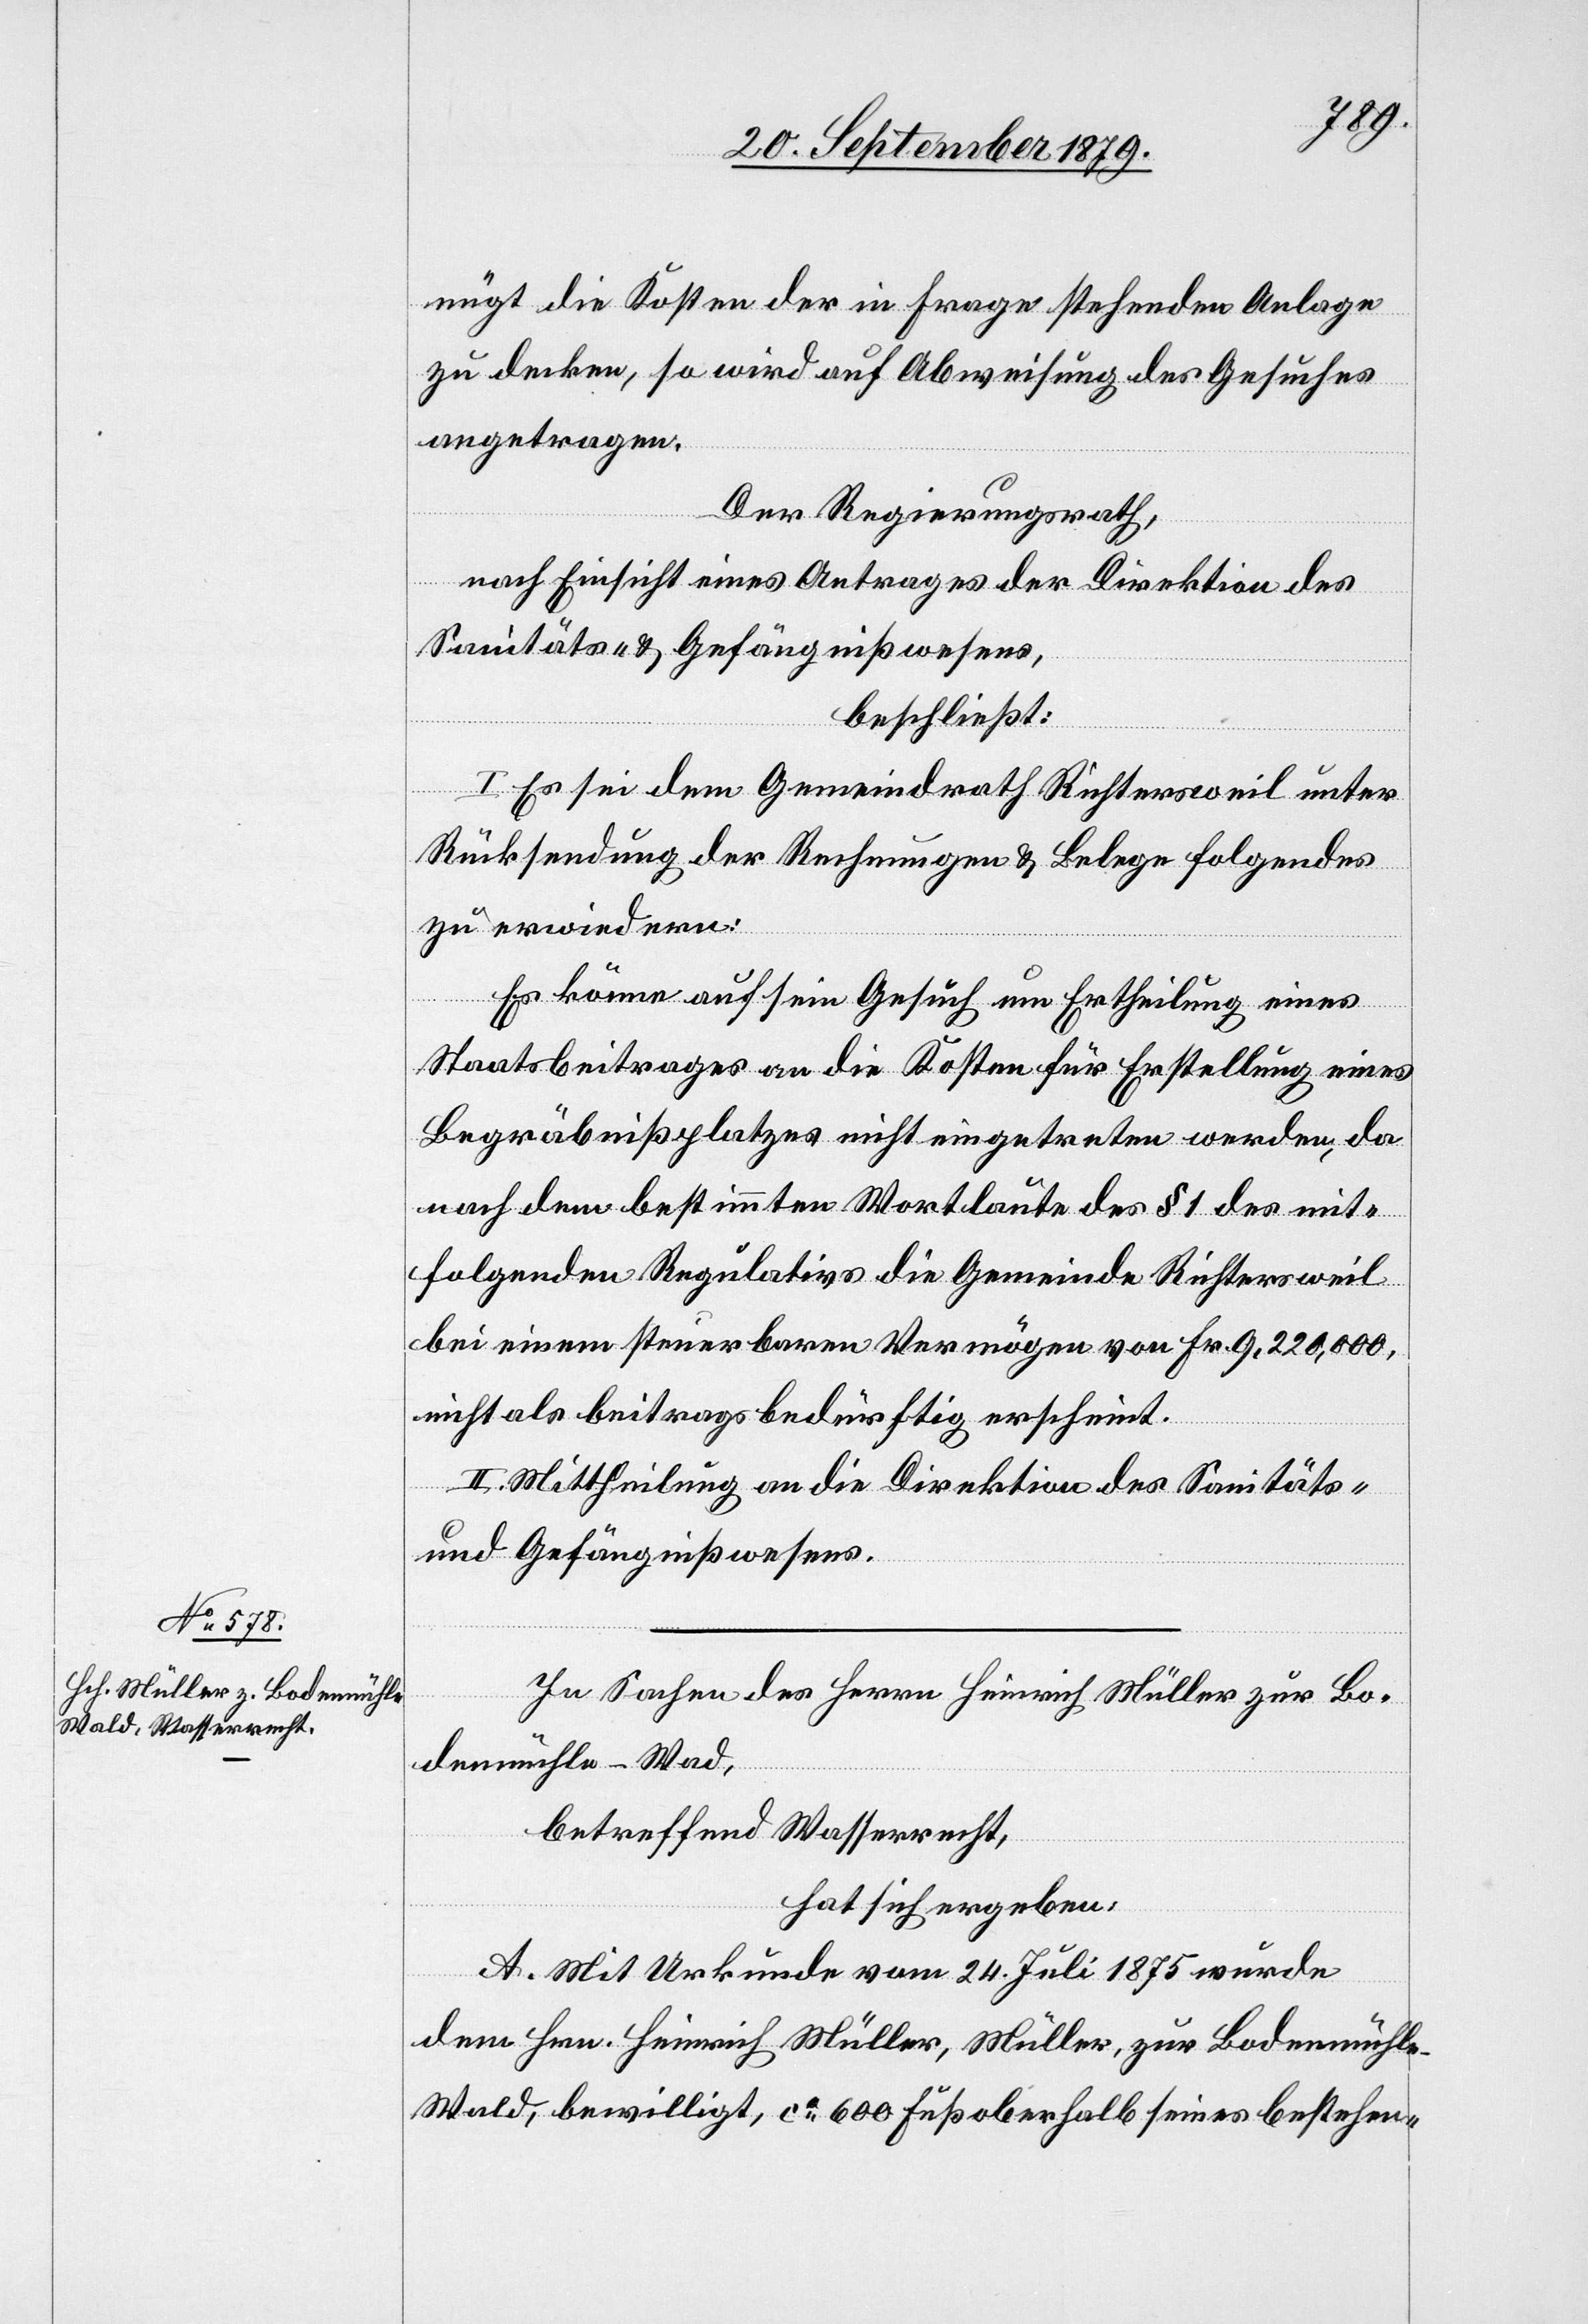
nügt die Kosten der in Frage stehenden Anlage
zu decken, so wird auf Abweisung des Gesuches
angetragen.
Der Regierungsrath,
nach Einsicht eines Antrages der Direktion des
Sanitäts- & Gefängnißwesens,
beschließt:
I. Es sei dem Gemeindrath Richtersweil unter
Rücksendung der Rechnungen & Belege folgendes
zu erwiedern:
Es könne auf sein Gesuch um Ertheilung eines
Staatsbeitrages an die Kosten für Erstellung eines
Begräbnißplatzes nicht eingetreten werden, da
nach dem bestimmten Wortlaute des § 1 des mit¬
folgenden Regulativs die Gemeinde Richtersweil
bei einem steuerbaren Vermögen von Fr. 9,220,000,
nicht als beitragsbedürftig erscheint.
II. Mittheilung an die Direktion des Sanitäts-
& Gefängnißwesens.
In Sachen des Herrn Heinrich Müller zur Bo¬
denmühle - Wa[l]d,
betreffend Wasserrecht,
hat sich ergeben:
A. Mit Urkunde vom 24. Juli 1875 wurde
dem Hrn. Heinrich Müller, Müller, zur Bodenmühle
Wald, bewilligt, ca 600 Fuß oberhalb seines bestehen-